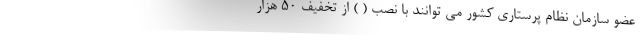
عضو سازمان نظام پرستاری کشور می توانند با نصب ( ) از تخفیف 50 هزار